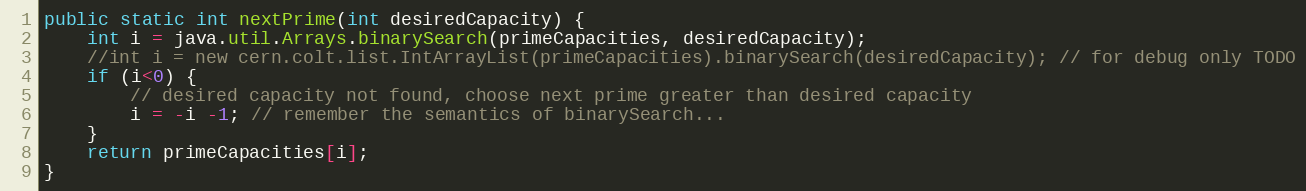
Language: Java
public static int nextPrime(int desiredCapacity) {
	int i = java.util.Arrays.binarySearch(primeCapacities, desiredCapacity);
	//int i = new cern.colt.list.IntArrayList(primeCapacities).binarySearch(desiredCapacity); // for debug only TODO
	if (i<0) {
		// desired capacity not found, choose next prime greater than desired capacity
		i = -i -1; // remember the semantics of binarySearch...
	}
	return primeCapacities[i];
}